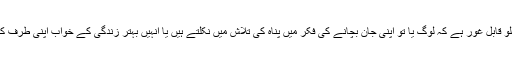
ہجرت کا یہ پہلو قابل غور ہے کہ لوگ یا تو اپنی جان بچانے کی فکر میں پناہ کی تلاش میں نکلتے ہیں یا انہیں بہتر زندگی کے خواب اپنی طرف کھینچ لیتے ہیں۔